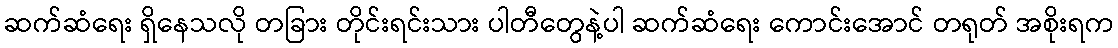
ဆက်ဆံရေး ရှိနေသလို တခြား တိုင်းရင်းသား ပါတီတွေနဲ့ပါ ဆက်ဆံရေး ကောင်းအောင် တရုတ် အစိုးရက